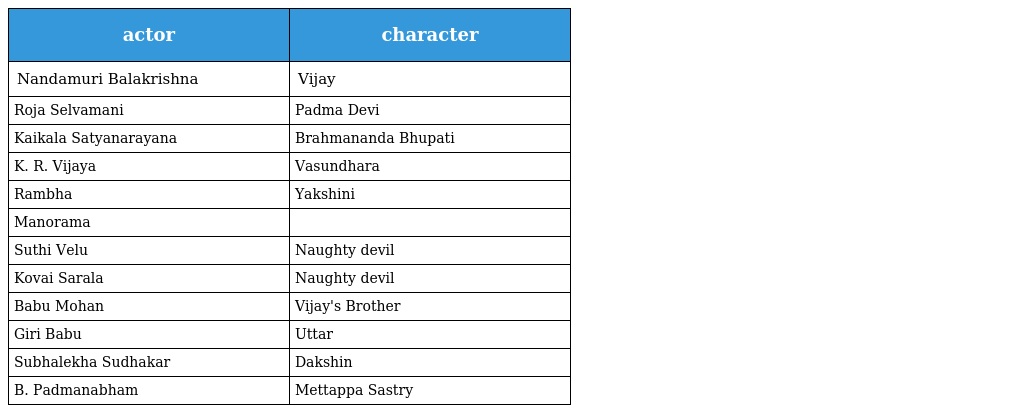
| actor | character |
 | --- | --- |
 | Nandamuri Balakrishna | Vijay |
 | Roja Selvamani | Padma Devi |
 | Kaikala Satyanarayana | Brahmananda Bhupati |
 | K. R. Vijaya | Vasundhara |
 | Rambha | Yakshini |
 | Manorama |  |
 | Suthi Velu | Naughty devil |
 | Kovai Sarala | Naughty devil |
 | Babu Mohan | Vijay's Brother |
 | Giri Babu | Uttar |
 | Subhalekha Sudhakar | Dakshin |
 | B. Padmanabham | Mettappa Sastry |